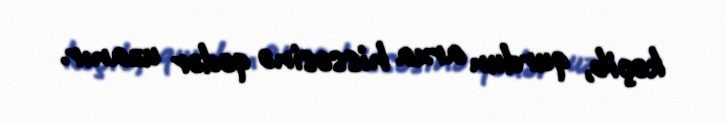
keçib, qurdun arxa hissəsinə qədər uzanır.